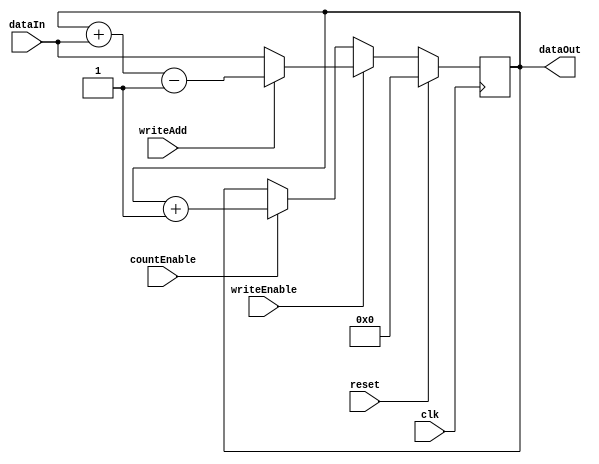
module ProgramCounter (
  input   wire          clk,
  input   wire          reset,
  input         [15:0]  dataIn,
  output  wire  [15:0]  dataOut,
  input                 writeEnable,    // 1 => WRITE, 0 => READ
  input                 writeAdd,       // 1 => Add dataIn to PC, 0 => Set dataIn to PC
  input                 countEnable     // 1 => COUNT UP, 0 => STOPPED
);

reg [15:0] programCounter;

always @(posedge clk)
begin
  if (reset)
  begin
    programCounter <= 0;
  end
  else if (writeEnable) programCounter <= writeAdd ? programCounter + $signed(dataIn) - 1 : dataIn;
  else if (countEnable) programCounter <= programCounter + 1;
end

assign dataOut = programCounter;

endmodule